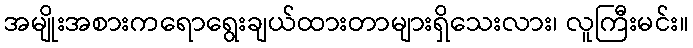
အမျိုးအစားကရောရွေးချယ်ထားတာများရှိသေးလား၊ လူကြီးမင်း။